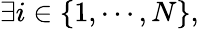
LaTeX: \exists i\in\{ 1,\cdots,N\} ,